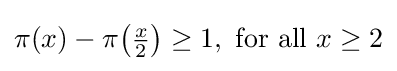
\pi (x)-\pi {\bigl (}{\tfrac {x}{2}}{\bigr )}\geq 1,{\text{ for all }}x\geq 2